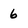
Character: 6